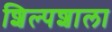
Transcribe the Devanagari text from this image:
शिल्पशाला